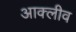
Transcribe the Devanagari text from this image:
आक्लीव